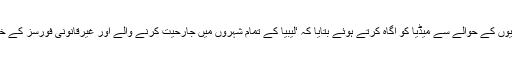
کرنل محمد غونو نے کارروائیوں کے حوالے سے میڈیا کو آگاہ کرتے ہوئے بتایا کہ ‘لیبیا کے تمام شہروں میں جارحیت کرنے والے اور غیرقانونی فورسز کے خلاف شدید غصہ پایا جاتا ہے’۔